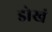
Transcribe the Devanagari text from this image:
डोखं